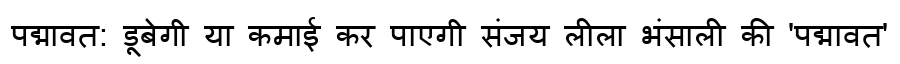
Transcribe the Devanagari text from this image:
पद्मावत: डूबेगी या कमाई कर पाएगी संजय लीला भंसाली की 'पद्मावत'